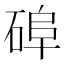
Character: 𥓭